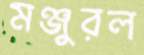
মঞ্জুরল